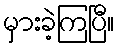
မှားခဲ့ကြပြီ။